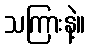
သကြားနဲ့။